Vaccination in the Punjab 1883-1896 - 1883-1896
Year: 1883
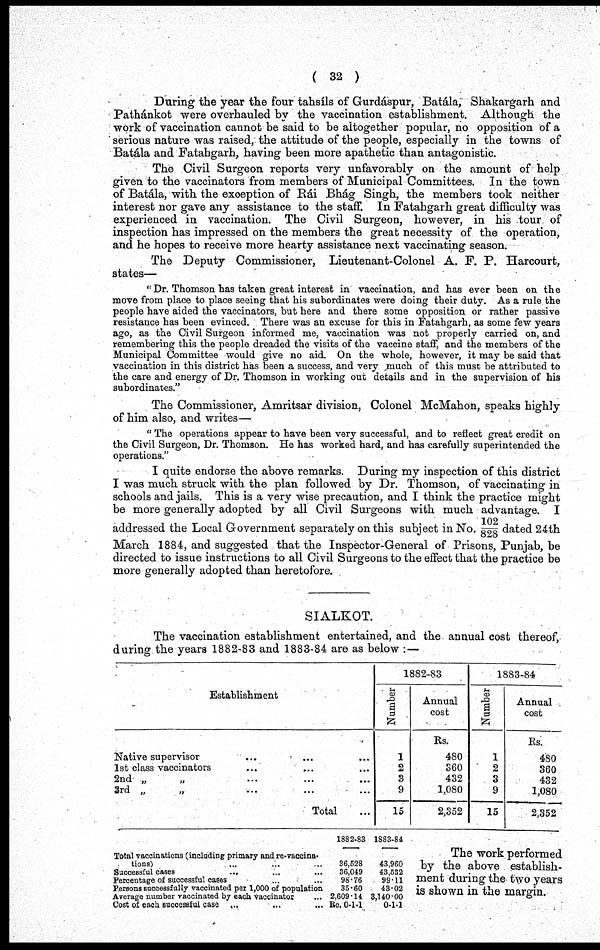
( 32 )
During the year the Four tahsíls of Gurdáspur, Batála, Shakargarh and
Pathánkot were overhauled by the vaccination establishment. Although the
work of vaccination cannot be said to be altogether popular, no opposition of a
serious nature was raised, the attitude of the people, especially in the towns of
Batála and Fatahgarh, having been more apathetic than antagonistic.
The Civil Surgeon reports very unfavorably on the amount of help
given to the vaccinators from members of Municipal Committees. In the town
of Batála, with the exception of Rái Bhág Singh, the members took neither
interest nor gave any assistance to the staff. In Fatahgarh great difficulty was
experienced in vaccination. The Civil Surgeon, however, in his tour of
inspection has impressed on the members the great necessity of the operation,
and he hopes to receive more hearty assistance next vaccinating season.
The Deputy Commissioner, Lieutenant-Colonel A. F. P. Harcourt,
states—
"Dr. Thomson has taken great interest in vaccination, and has ever been on the
move from place to place seeing that his subordinates were doing their duty. As a rule the
people have aided the vaccinators, but here and there some opposition or rather passive
resistance has been evinced. There was an excuse for this in Fatahgarh, as some few years
ago, as the Civil Surgeon informed me, vaccination was not properly carried on, and
remembering this the people dreaded the visits of the vaccine staff, and the members of the
Municipal Committee would give no aid. On the whole, however, it may be said that
vaccination in this district has been a success, and very much of this must be attributed to
the care and energy of Dr. Thomson in working out details and in the supervision of his
subordinates."
The Commissioner, Amritsar division, Colonel McMahon, speaks highly
of him also, and writes—
" The operations appear to have been very successful, and to reflect great credit on
the Civil Surgeon, Dr. Thomson. He has worked hard, and has carefully superintended the
operations."
I quite endorse the above remarks. During my inspection of this district
I was much struck with the plan followed by Dr. Thomson, of vaccinating in
schools and jails. This is a very wise precaution, and I think the practice might
be more generally adopted by all Civil Surgeons with much advantage. I
addressed the Local Government separately on this subject in No. 102/828 dated 24th
March 1884, and suggested that the Inspector-General of Prisons, Punjab, be
directed to issue instructions to all Civil Surgeons to the effect that the practice be
more generally adopted than heretofore.
SIALKOT.
The vaccination establishment entertained, and the annual cost thereof,
during the years 1882-83 and 1883-84 are as below :—
Establishment
Native supervisor ... ... ...
1st class vaccinators ... ... ...
2nd „
„ ... ... ...
3rd „
„ ... ... ...
Total ...
1882-83
Number
1
2
3
9
15
Annual
cost
Rs.
480
360
432
1,080
2,352
1883-84
Number
1
2
3
9
15
Annual
cost
Rs.
480
360
432
1,080
2,352
Total vaccinations (including primary and re-vaccina-
tions) ... ... ...
Successful cases
...
...
...
Percentage of successful cases ... ...
Persons successfully vaccinated per 1,000 of population
Average number vaccinated by each vaccinator ...
Cost of each successful case
...
...
...
1882-83
36,528
36,049
98.76
35.60
2,609.14
Re. 0-1-1
1883-84
43,960
43,532
99.11
43.02
3,140.00
0-1-1
The work performed
by the above establish-
ment during the two years
is shown in the margin.